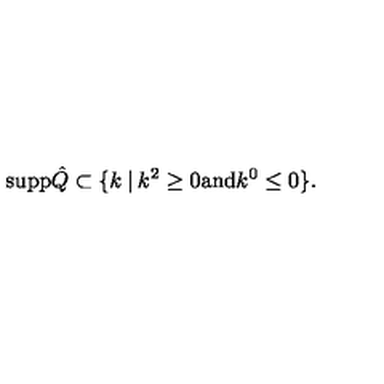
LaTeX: { \mathrm { s u p p } } \hat { Q } \subset \{ k \: | \: k ^ { 2 } \geq 0 { \mathrm { a n d } } k ^ { 0 } \leq 0 \} .